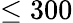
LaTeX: \leq 300